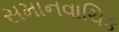
સમાનવાચિક